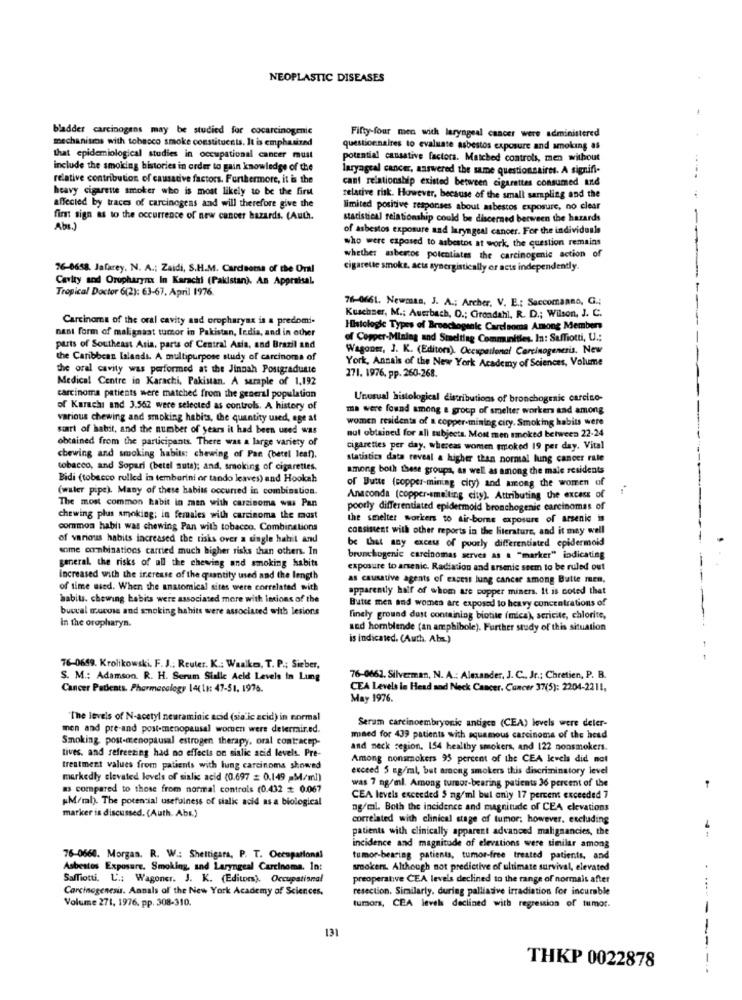
NEOPLASTIC DISEASES
bladder carcinogens may be studied for cocarcinogenic
mechanitos with tobacco smoke constitucats. It is emphasized
Fifty-four men with laryngeal cancer were administered
questionnaires to evaluate asbestos exposure and smoking as
that epidemiological studies in occupational cancer must
potential causative factors. Matched controls, men without
include the smoking bistories in order to gain knowledge of the
laryngeal cancer, answered the same questionsaires. A signifi-
relative contribution of causative factors. Furthermore, it is the
cant relationship existed between cigarettes consumed and
heavy cigarette smoker who is most likely to be the firm
relative risk. However, because of the small sampling and the
affected by traces of carcinogens and will therefore give the
limited positive responses about asbestos exposure, no clear
fint sign as to the occurrence of new cancer hazards. (Auch.
statistical relationship could be discerned between the hazards
-
Abs.)
of asbestos exposure and laryngeal cancer. For the individuale
who were exposed to asbestos at work, the question remains
whether asbestos potentiates the carcinogenic action of
76-0658. Jafarey. N. A .; Zaidi, S.H.M. Carcinoma of the Oral
cigarette smoke. acts synergistically or acts independently.
Cavity and Oropharynx In Karachi (Pakistan), An Appraisal.
Tropical Doctor 6(2): 63-67. April 1976.
76-0661. Newman, J. A .; Archer. V. E .: Saccomanno, G .;
Carcinoma of the oral cavity and oropharynx is a predomi-
Kuschser, M .: Auerbach, O .; Girondahl, R. D .; Wilson, J. C.
nant form of malignaat tumor in Pakistan, India, and in other
Histologie Types of Broechogenic Carcinoma Among Members
of Copper-Mining and Smelting Communities, In: Saffiotti, U .;
parts of Southeast Asia, parts of Central Asia, and Brazil and
Wagoner, J. K. (Editora). Occupational Carcinogenesis. New
the Caribbean lalands. A multipurpose study of carcinoma of
the oral cavity was performed at the Jinnah Postgraduate
York, Annals of the New York Academy of Sciences, Volume
271. 1976, pp. 260-268.
Medical Centre in Karachi, Pakistan. A saraple of 1,192
carcinoma patients were matched from the general population
Unusual histological distributions of bronchogenic carcino-
of Karachi and 3.562 were selected as controls. A history of
ma were found among a group of smelter worker and among
various chewing and smoking habits, the quantity used, age at
women residents of a copper-mining city. Smoking habits were
start of habit, and the number of years it had been used was
obtained from the participants. There was a large variety of
nut obtained for all subjects. Most men smoked between 22-24
cigarettes per day, whereas women moked 19 per day. Vital
chewing and smoking habits: chewing of Pan (betel lean),
statistics data reveal a higher than normal lung cancer rate
tobacco, and Sopari (betel suts); and, smoking of cigarettes,
among both these groups, as well as among the male residents
Bidi (tobacco rulled in temburini or tando leaves) and Hookah
(water pipe). Many of these habits occurred in combination.
of Butte (copper-mining city) and among the women of
Anaconda (copper-smelting city). Attributing the excess of
The most common habit in man with carcinoma was Pan
poorly differentiated epidermoid bronchogenic carcinomas of
chewing plus smoking; in females with carcinoma the most
the smelter workers to air-borne exposure of arsenic is
common habla was chewing Pan with tobacco. Combinations
consistent with other reports in the literature, and it may well
of various habits increased the risks over a single habit And
some combinations carried much higher risks than others. In
be that any excess of poorly differentiated epidermoid
brunchogenic carcinomas serves as a "marker" indicating
general, the risks of all the chewing and smoking habits
exposure to arsenic. Radiation and arsenic seem to be ruled out
Increased with the increase of the quantity used and the length
as causative agents of excess lung cancer among Butte men,
of time wied. When the anatomical sites were correlated with
apparently half of whom are copper miners. It is noted that
habits. chewing habits were associated more with Intions of the
buccal mucose and smoking hahits were associated with lesions
Butse men and women are exposed to heavy concentrations of
finely ground dust containing biotite (mica), scrivite, chlorite,
In the oropharyn.
sed homblende (an amphibole). Further study of this situation
is indicated. (Auth. Abm.)
- -
76-0659. Krolikowski, F. J .: Reuter. K .: Waalkes, T. P .; Sieber,
S. M .: Adamson. R. H. Serum Sialic Acid Levels In Lug
76-0662. Silverman, N. A .: Alexander. J. C ., Jr .: Chretien, P. B.
Cancer Patients. Pharmacology 14(11: 47-51, 1976.
CEA Levels in Head and Neck Cancer. Cancer 37(5): 2204-2211,
May 1976.
"The levels of N-acetyl neuraminic acid (sia.ic acid) in Formal
men and pre-and post-menopausal women were delermir.ed.
Serum carcinoembryonic antigen (CEA) levels were deler-
Smoking, post-menopausal estrogen therapy, oral contracep-
mined for 439 patients with squamous carcinoma of the head
and neck region. 154 healthy smokers, and 122 nonsmokers.
tives, and refreezing had no effects on sialic acid levels. Pre-
Among nonsmokers 95 percent of the CEA levels did not
treatment values from patients with lung carcinoma showed
exceed 5 mg/ml, but among smokers this discriminatory level
markedly elevated levels of sialic acid (0.697 = 0.149 _M/ml)
as compared to those from normal controls (0.432 # 0.067
was 7 ng/ml. Among turnor-bearing patients 36 percent of the
"M/ml). The potencial usefulness of sialic acid as a biological
CEA levels exceeded $ ng/ml bul only 17 percent exceeded 7
ng/ml. Both the incidence and magnitude of CEA elevations
marker is discussed. (Auth. Abs.)
correlated with clinical stage of tumor; however, excluding
patients with clinically apparent advanced malignancies, the
incidence and magnitude of elevations were similar among
76-0660. Morgan. R. W .: Shettigara, P. T. Occupational
tumor-bearing patients, tumor-free treated patients, and
Asbestos Exposure. Smoking, and Laryngeal Carcinoma. In:
smokers. Although not predictive of ultimate survival, elevated
Saffiotti, L' .: Wagoner. J. K. (Editors), Occupational
preoperative CEA levels declined to the range of normais after
Carcinogenesis. Annals of the New York Academy of Sciences.
resection. Similarly. during palliative irradiation for incurable
Volume 271, 1976. pp. 308-310.
tumors, CEA levels declined with regression of tumor.
131
THKP 0022878